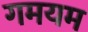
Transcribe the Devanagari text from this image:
गमयम